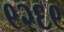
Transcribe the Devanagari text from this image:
९२६९